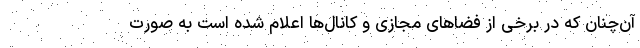
آن‌چنان که در برخی از فضاهای مجازی و کانال‌ها اعلام شده است به صورت